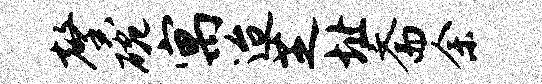
馨碗寓迨芝址斋余